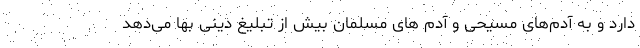
دارد و به آدم‌های مسیحی و آدم های مسلمان بیش از تبلیغ دینی بها می‌دهد